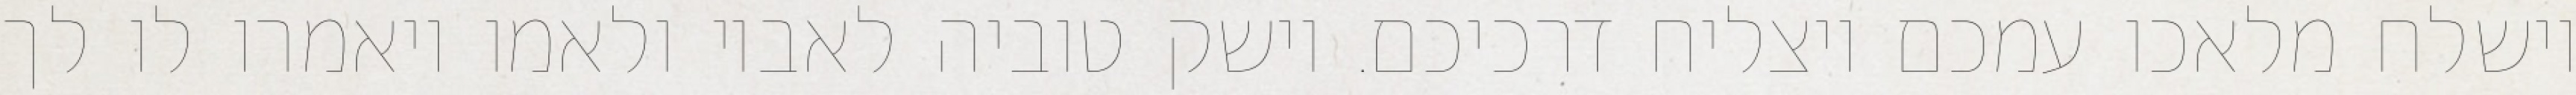
וישלח מלאכו עמכם ויצליח דרכיכם. וישק טוביה לאביו ולאמו ויאמרו לו לך